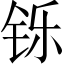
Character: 铄